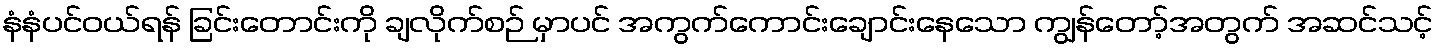
နံနံပင်ဝယ်ရန် ခြင်းတောင်းကို ချလိုက်စဉ် မှာပင် အကွက်ကောင်းချောင်းနေသော ကျွန်တော့်အတွက် အဆင်သင့်